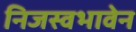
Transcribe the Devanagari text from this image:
निजस्वभावेन